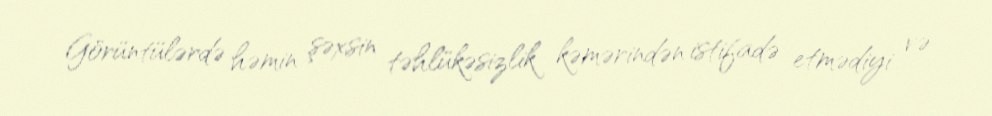
Görüntülərdə həmin şəxsin təhlükəsizlik kəmərindən istifadə etmədiyi və